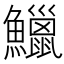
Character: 鱲